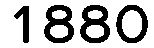
1880